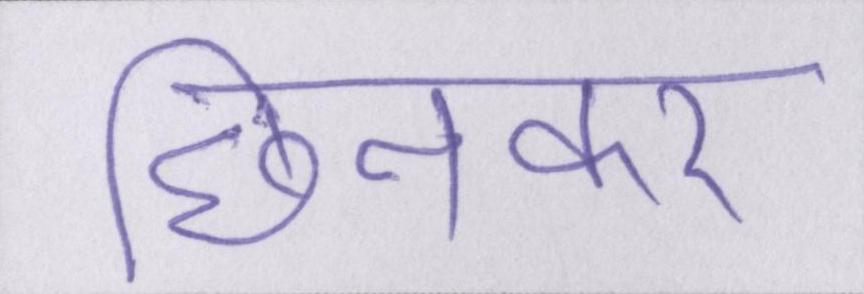
छिनकर